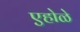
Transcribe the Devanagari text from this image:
एहोळे